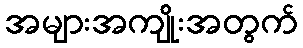
အများအကျိုးအတွက်